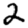
Digit: 2